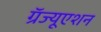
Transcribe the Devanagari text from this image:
ग्रॅज्यूएशन